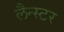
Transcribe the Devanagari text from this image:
लैन्स्टर